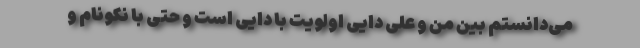
می‌دانستم بین من و علی دایی اولویت با دایی است و حتی با نکونام و